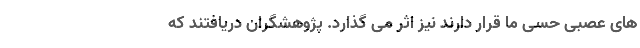
های عصبی حسی ما قرار دارند نیز اثر می گذارد. پژوهشگران دریافتند که